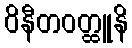
ဝိနီတဝတ္ထူနိ